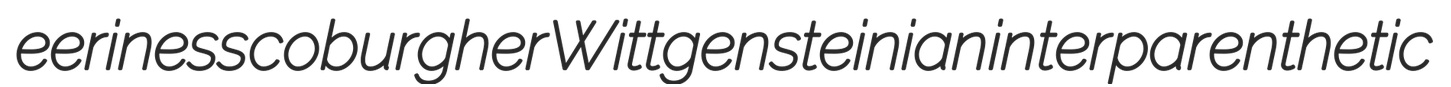
eeriness coburgher Wittgensteinian interparenthetic